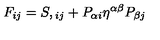
F _ { i j } = S , { } _ { i j } + P _ { \alpha i } \eta ^ { \alpha \beta } P _ { \beta j }